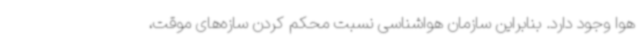
هوا وجود دارد. بنابراین سازمان هواشناسی نسبت محکم کردن سازه‌های موقت،